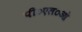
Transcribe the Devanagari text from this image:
पी०एल०ओ